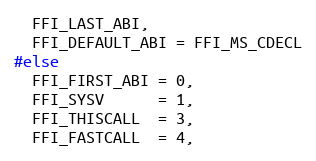
Language: C
  FFI_LAST_ABI,
  FFI_DEFAULT_ABI = FFI_MS_CDECL
#else
  FFI_FIRST_ABI = 0,
  FFI_SYSV      = 1,
  FFI_THISCALL  = 3,
  FFI_FASTCALL  = 4,